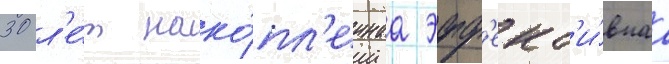
30 л'е́т нако́пл'еннаа эфф'ект'и́внаа